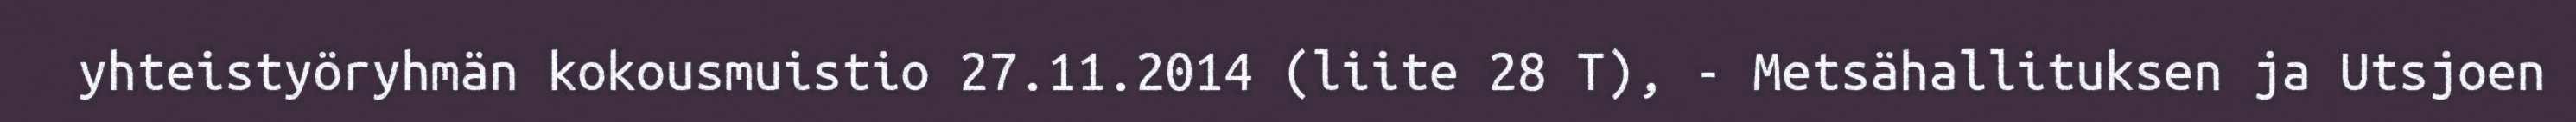
yhteistyöryhmän kokousmuistio 27.11.2014 (liite 28 T), - Metsähallituksen ja Utsjoen